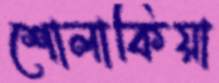
শোলাকিয়া